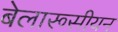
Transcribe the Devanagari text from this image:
बेलारूसीयन